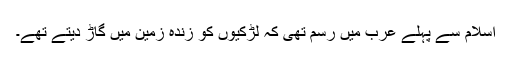
اسلام سے پہلے عرب میں رسم تھی کہ لڑکیوں کو زندہ زمین میں گاڑ دیتے تھے۔